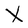
Character: X